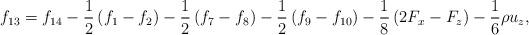
LaTeX: \begin{align*}{f_{13}} = {f_{14}} - \frac{1}{2}\left( {{f_1} - {f_2}} \right) - \frac{1}{2}\left( {{f_7} - {f_8}} \right) - \frac{1}{2}\left( {{f_9} - {f_{10}}} \right) - \frac{1}{8}\left( {2{F_x} - {F_z}} \right) - \frac{1}{6}\rho {u_z},\end{align*}